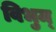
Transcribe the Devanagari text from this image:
विभुम्‌